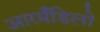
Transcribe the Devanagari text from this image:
आरर्मॅडिलो